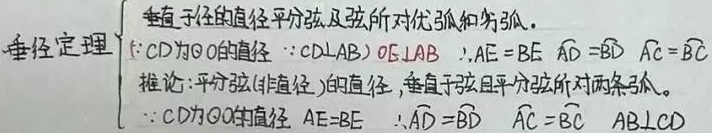
垂径定理
\(\begin{cases}垂直于弦的直径平分弦及弦所对优弧和劣弧.\\
\because CD为\odot O的直径  \ \ \because CD\bot AB \ \ OE\bot AB \ \ \therefore AE = BE \ \ \overset{\frown}{AD}=\overset{\frown}{BD} \ \ \overset{\frown}{AC}=\overset{\frown}{BC}\\
推论：平分弦(非直径)的直径，垂直于弦且平分弦所对两条弧。\\
\because CD为\odot O的直径  \ \ AE = BE \ \ \therefore\overset{\frown}{AD}=\overset{\frown}{BD} \ \ \overset{\frown}{AC}=\overset{\frown}{BC} \ \ AB\bot CD
\end{cases}\)